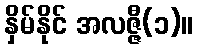
နှိမ်နိုင် အလဇ္ဇီ(၁)။